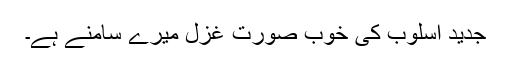
جدید اسلوب کی خوب صورت غزل میرے سامنے ہے۔